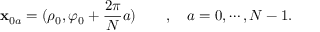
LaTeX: { \bf x } _ { 0 a } = ( \rho _ { 0 } , \varphi _ { 0 } + \frac { 2 \pi } { N } a ) \qquad , \quad a = 0 , \cdots , N - 1 .